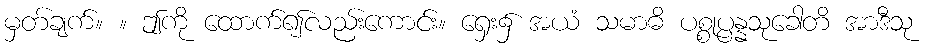
မှတ်ချက်။ ။ ဤကို ထောက်၍လည်းကောင်း။ ရှေး၌ အယံ သမာဓိ ပစ္စုပ္ပန္နသုခေါတိ အာဒီသု